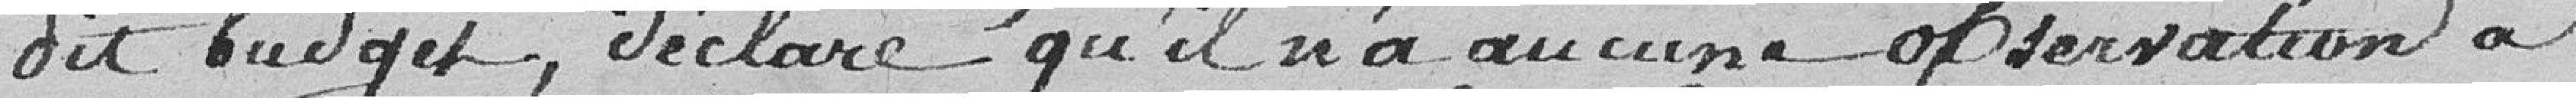
dit budget, déclare qu'il n'a aucune observation à